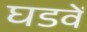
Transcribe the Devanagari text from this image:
घडवें